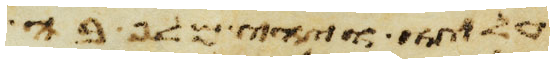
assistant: עליו והיה